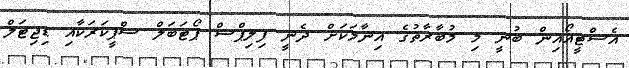
އެސްޓީއޯއިން ބުނީ މި މުބާރާތުގެ އިނާމަކަށް ދެނީ ފިލިޕްސް ޕޯޓަބަލް ސްޕީކަރަކާއި ޑިޖިޓަލް